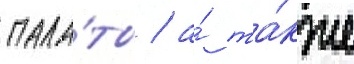
пала́ты / а́ та́кже